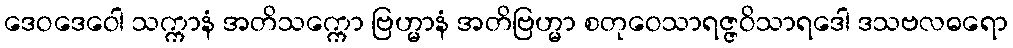
ဒေဝဒေဝေါ သက္ကာနံ အတိသက္ကော ဗြဟ္မာနံ အတိဗြဟ္မာ စတုဝေသာရဇ္ဇဝိသာရဒေါ ဒသဗလဓရော